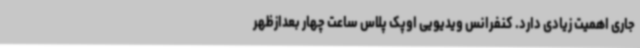
جاری اهمیت زیادی دارد. کنفرانس ویدیویی اوپک پلاس ساعت چهار بعدازظهر